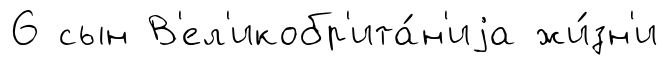
6 сын В'ел'икобр'ита́н'иjа жи́зн'и